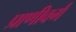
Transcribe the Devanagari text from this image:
प्राणीवर्ग